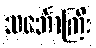
သင်္ဘောကြီး